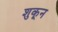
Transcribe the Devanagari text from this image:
शुकून